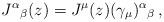
LaTeX: \begin{align*}J^{\alpha}{}_{\beta}(z)=J^{\mu}(z)(\gamma_{\mu})^{\alpha}{}_{\beta}\,,\end{align*}